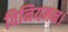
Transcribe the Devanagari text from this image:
विनियमन।